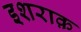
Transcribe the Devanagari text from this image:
इशराक़